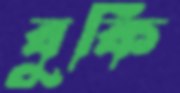
বুকি